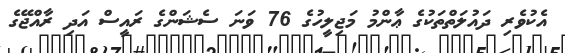
އެކުވެރި ދައުލަތްތަކުގެ ޢާންމު މަޖިލީހުގެ 76 ވަނަ ސެޝަންގެ ރައީސް އަދި ރާއްޖޭގެ